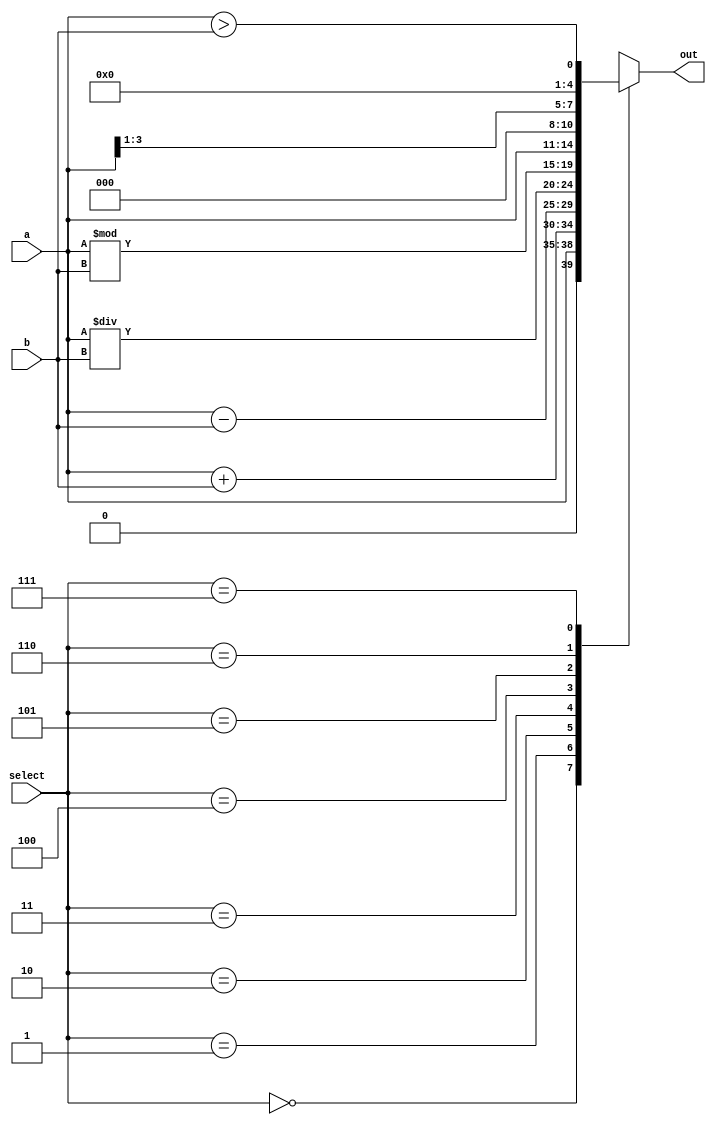
////////////////////////////Design_Block///////////////////////////
`timescale 1ns / 1ps
module Artihmetic_and_Logical_Unit(out,a,b,select);
input [3:0] a, b;
input [2:0] select;
output reg [4:0] out;
always @(a,b,select)
case (select)
3'b000: out = a;
3'b001: out = a+b;
3'b010: out = a-b;
3'b011: out = a/b;
3'b100: out = a%b;
3'b101: out = a<<1;
3'b110: out = a>>1;
3'b111: out = (a>b);
endcase
endmodule